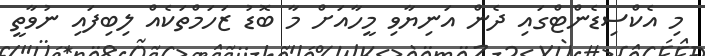
މި އެކްސިޑެންޓްގައި ދެން އަނިޔާވި މީހާއަށް މާ ބޮޑު ޒަހަމްތަކެއް ލިބިފައި ނުވާތީ